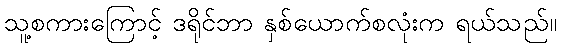
သူ့စကားကြောင့် ဒရိုင်ဘာ နှစ်ယောက်စလုံးက ရယ်သည်။